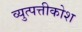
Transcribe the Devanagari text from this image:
व्युत्पत्तीकोश